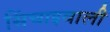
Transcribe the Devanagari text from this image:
सिंचाइवाली